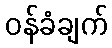
ဝန်ခံချက်